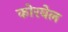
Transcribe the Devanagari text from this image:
कोरबेल